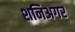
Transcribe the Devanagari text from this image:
शनिअगर